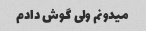
میدونم ولی گوش دادم